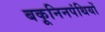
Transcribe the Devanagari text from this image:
बकूनिनपंथियों